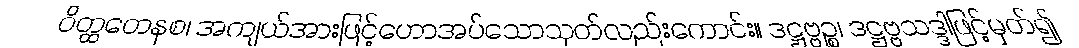
ဝိတ္ထတေနစ၊ အကျယ်အားဖြင့်ဟောအပ်သောသုတ်လည်းကောင်း။ ဒဋ္ဌဗ္ဗဉ္စ၊ ဒဋ္ဌဗ္ဗသဒ္ဒါဖြင့်မှတ်၍